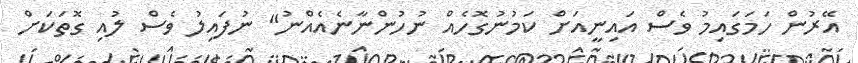
އޭރުން ހަމަގައިމު ވެސް އައިނީއަށް ކަމުނުގޮހެއް ނުހުންނާނެއެއްނު" ނުފައިލު ވެސް ލުއި ގޮތަކަށް